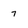
Character: 7